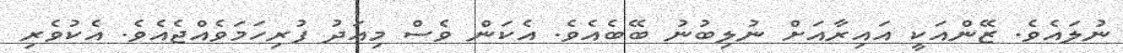
ނުލައެވެ. ޒޭންއަކީ އައިރާއަށް ނުލިބުނު ބޭބެއެވެ. އެކަން ވެސް މިއަދު ފުރިހަމަވެއްޖެއެވެ. އެކުވެރި